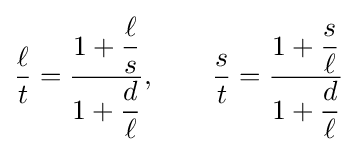
{\frac {\ell }{t}}={\frac {1+{\dfrac {\ell }{s}}}{1+{\dfrac {d}{\ell }}}},\qquad {\frac {s}{t}}={\frac {1+{\dfrac {s}{\ell }}}{1+{\dfrac {d}{\ell }}}}